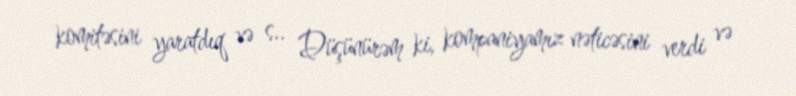
komitəsini yaratdıq və s.. Düşünürəm ki, kompaniyamız nəticəsini verdi və